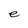
Character: e